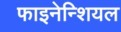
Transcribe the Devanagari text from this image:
फाइनेन्शियल